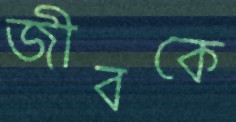
জীবকে